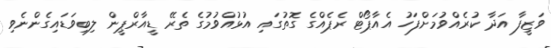
ވަޒީފާ އަދާ ކުރެއްވުމަށްފަހު އެއާޕޯޓް ރެޕެއްގެ ގޮތުގައި އުޅުއްވުމުގެ ތެރޭ ޑީއާރްޕީން ލިބިވަޑައިގެންނެވި